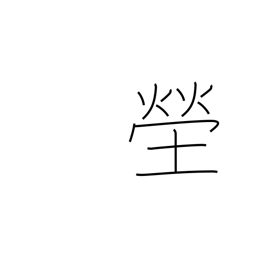
Meaning: cemetery